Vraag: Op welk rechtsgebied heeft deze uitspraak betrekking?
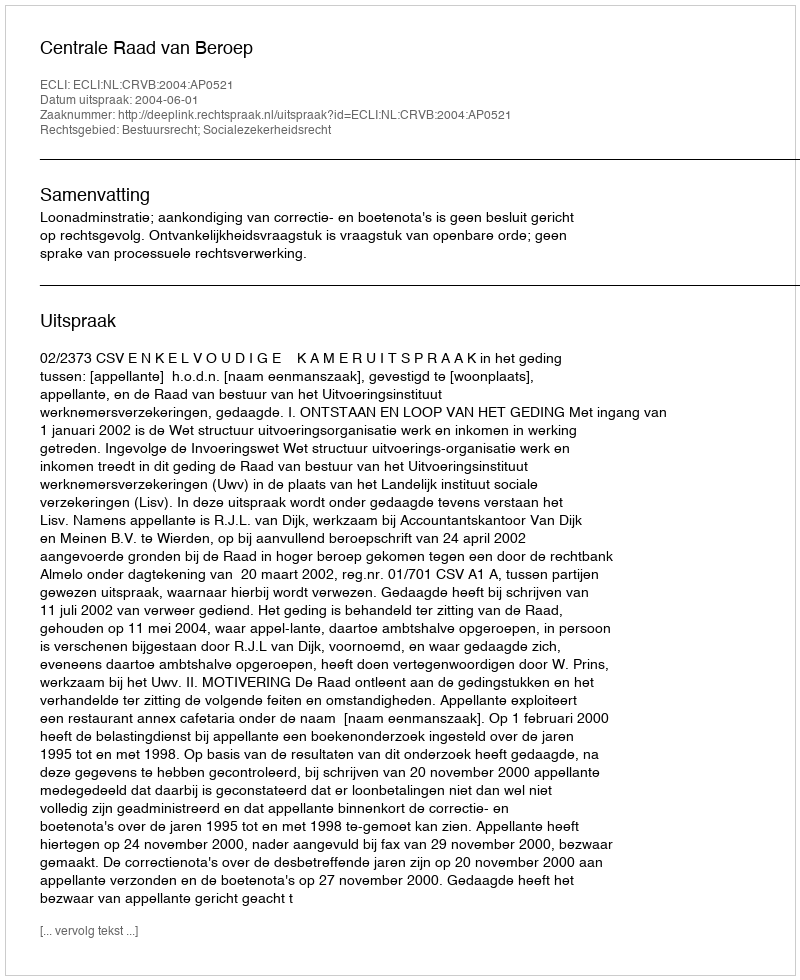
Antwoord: Bestuursrecht; Socialezekerheidsrecht